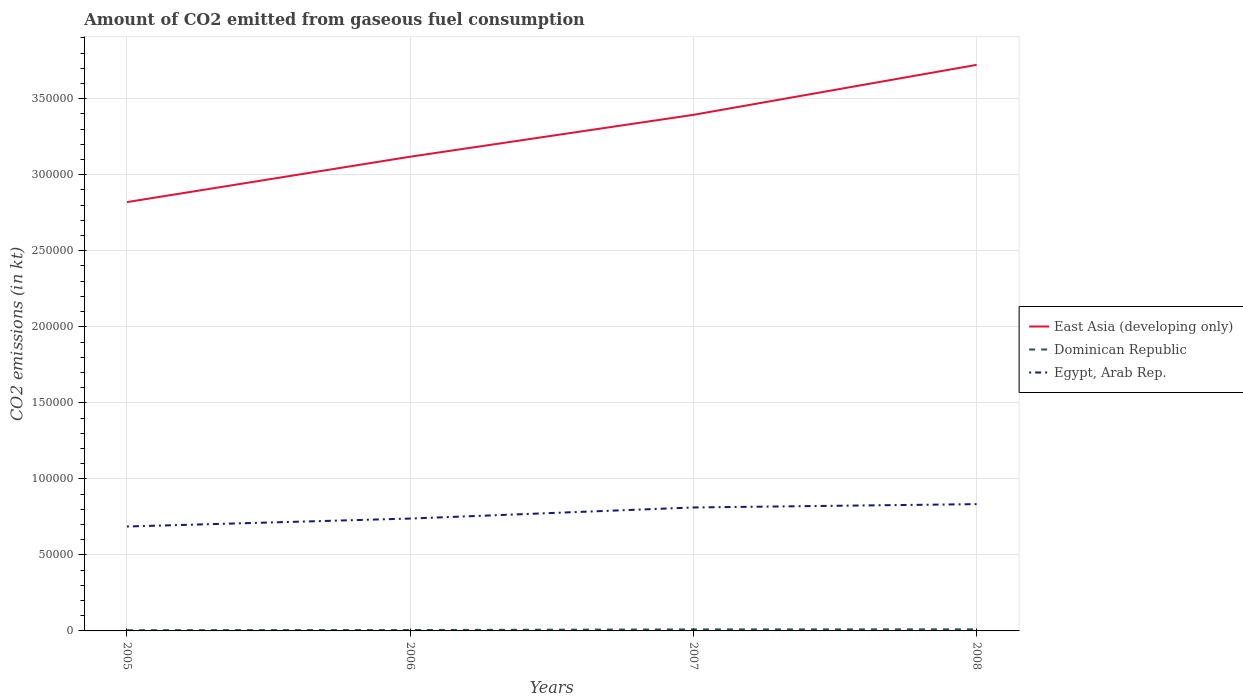
| Years | East Asia (developing only) | Dominican Republic | Egypt, Arab Rep. |
 | --- | --- | --- | --- |
 | 2005 | 2.82e+05 | 473 | 6.87e+04 |
 | 2006 | 3.12e+05 | 590 | 7.39e+04 |
 | 2007 | 3.39e+05 | 1e+03 | 8.12e+04 |
 | 2008 | 3.72e+05 | 1.05e+03 | 8.34e+04 |